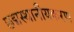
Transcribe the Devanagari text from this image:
छद्मस्थानीयकरण